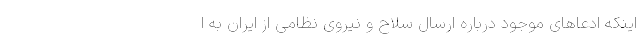
اینکه ادعاهای موجود درباره ارسال سلاح و نیروی نظامی از ایران به ا